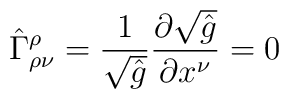
\hat{\Gamma}^{\rho}_{\rho\nu} = \frac{1}{\sqrt{\hat{g}}} \frac{\partial\sqrt{\hat{g}}}{\partial x^{\nu}} = 0